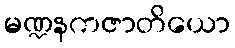
မဏ္ဍနကဇာတိယော